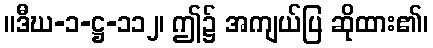
။ဒီဃ-၁-ဋ္ဌ-၁၁၂၊ ဤ၌ အကျယ်ပြ ဆိုထား၏၊